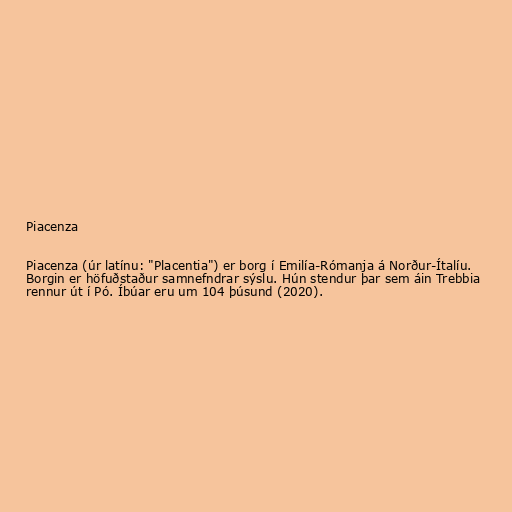
Piacenza

Piacenza (úr latínu: "Placentia") er borg í Emilía-Rómanja á Norður-Ítalíu.
Borgin er höfuðstaður samnefndrar sýslu. Hún stendur þar sem áin Trebbia
rennur út í Pó. Íbúar eru um 104 þúsund (2020).